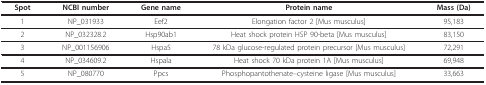
| Spot | NCBI number | Gene name | Protein name | Mass (Da) |
 | --- | --- | --- | --- | --- |
 | 1 | NP_031933 | Eef2 | Elongation factor 2 [Mus musculus] | 95,183 |
 | 2 | NP_032328.2 | Hsp90ab1 | Heat shock protein HSP 90-beta [Mus musculus] | 83,150 |
 | 3 | NP_001156906 | Hspa5 | 78 kDa glucose-regulated protein precursor [Mus musculus] | 72,291 |
 | 4 | NP_034609.2 | Hspala | Heat shock 70 kDa protein 1A [Mus musculus] | 69,948 |
 | 5 | NP_080770 | Ppcs | Phosphopantothenate--cysteine ligase [Mus musculus] | 33,663 |